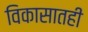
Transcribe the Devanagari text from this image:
विकासातही